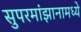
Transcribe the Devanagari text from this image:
सुपरमांझानामध्ये